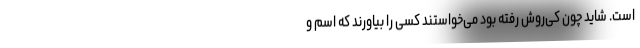
است. شاید چون کی‌‌روش رفته بود می‌خواستند کسی را بیاورند که اسم و